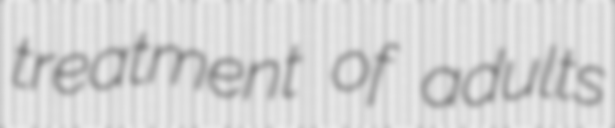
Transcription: treatment of adults